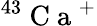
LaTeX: ^{43}\mathrm{~C~a~}^{+}